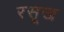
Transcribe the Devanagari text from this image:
रसूख